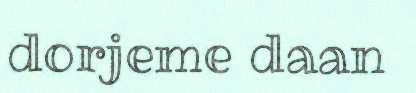
dorjeme daan